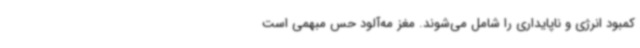
کمبود انرژی و ناپایداری را شامل می‌شوند. مغز مه‌آلود حس مبهمی است